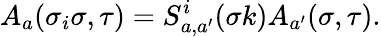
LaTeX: A_{a}(\sigma_{i}\sigma,\tau)=S_{a,a^{\prime}}^{i}(\sigma k)A_{a^{\prime}}(\sigma,\tau).